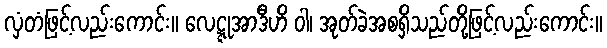
လှံတံဖြင့်လည်းကောင်း။ လေဋ္ဋုအာဒီဟိ ဝါ၊ အုတ်ခဲအစရှိသည်တို့ဖြင့်လည်းကောင်း။